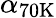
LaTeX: \alpha_{\mathrm{{70K}}}